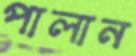
পালান